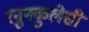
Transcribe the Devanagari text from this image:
रनुनकुलेसी